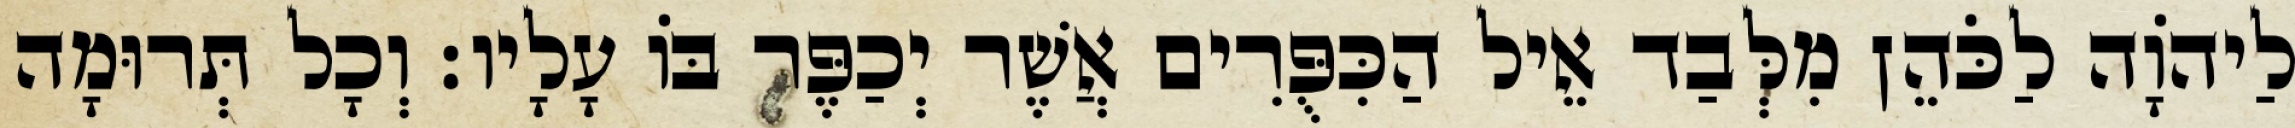
לַיהוָֹה לַכֹּהֵן מִלְּבַד אֵיל הַכִּפֻּרִים אֲשֶׁר יְכַפֶּר בּוֹ עָלָיו׃ וְכָל תְּרוּמָה